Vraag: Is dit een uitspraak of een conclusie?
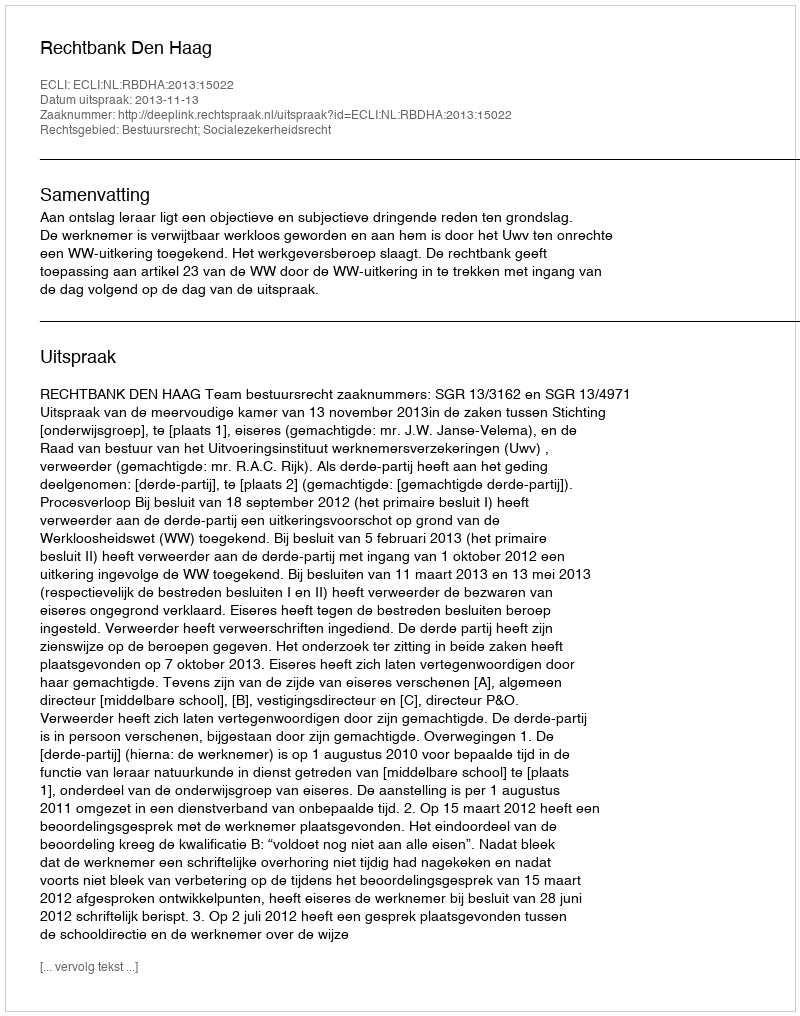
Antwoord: Uitspraak